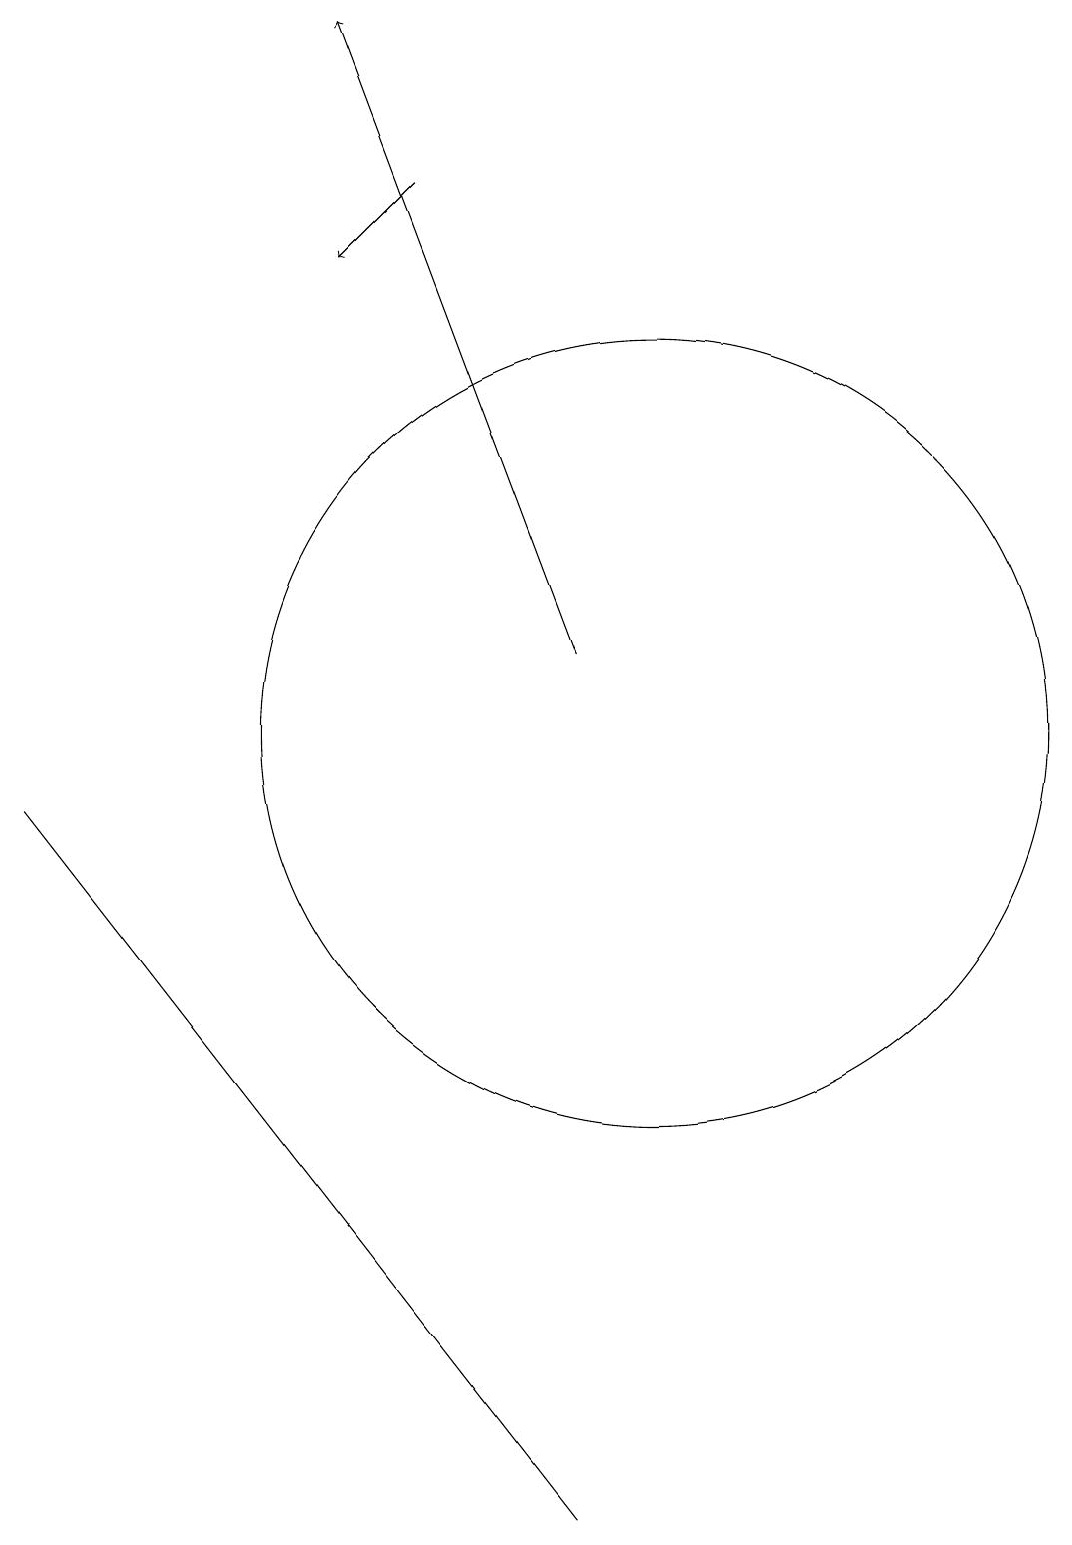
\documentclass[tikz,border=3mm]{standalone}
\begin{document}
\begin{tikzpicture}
\draw[->] (9,11) -- (6,19);
\draw (9,0) -- (9,0) -- (2,9) -- cycle;
\draw[->] (7,17) -- (6,16);
\draw (10,10) circle (5);
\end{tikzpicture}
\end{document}